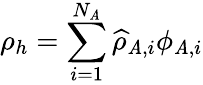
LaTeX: \displaystyle\rho_{h}=\sum_{i=1}^{N_{\mathit{A}}}\widehat{{\rho}}_{\mathit{A},i}\phi_{\mathit{A},i}